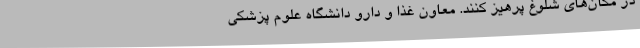
در مکان‌های شلوغ پرهیز کنند. معاون غذا و دارو دانشگاه علوم پزشکی